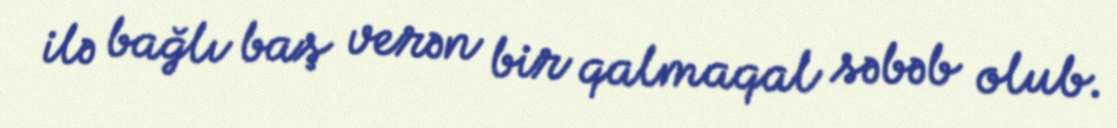
ilə bağlı baş verən bir qalmaqal səbəb olub.